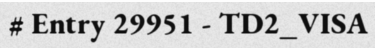
# Entry 29951 - TD2_VISA